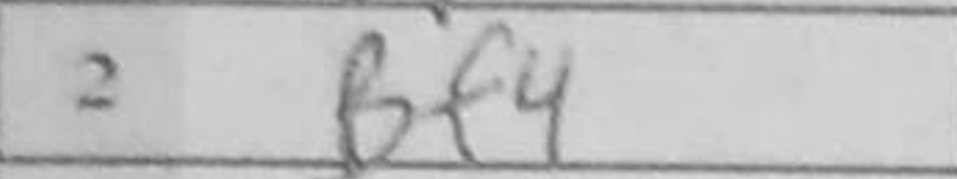
Transcription: Bf4